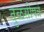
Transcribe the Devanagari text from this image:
तुळसीपत्रे